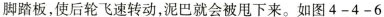
脚踏板，使后轮飞速转动，泥巴就会被甩下来。如图4-4-6